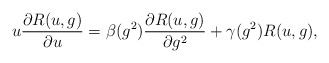
\begin{align*}u\frac{\partial R(u,g)}{\partial u}= \beta (g^2)\frac{\partial R(u,g)}{\partial g^2} +\gamma (g^2)R(u,g),\end{align*}